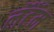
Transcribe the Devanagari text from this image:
लॅटॅम